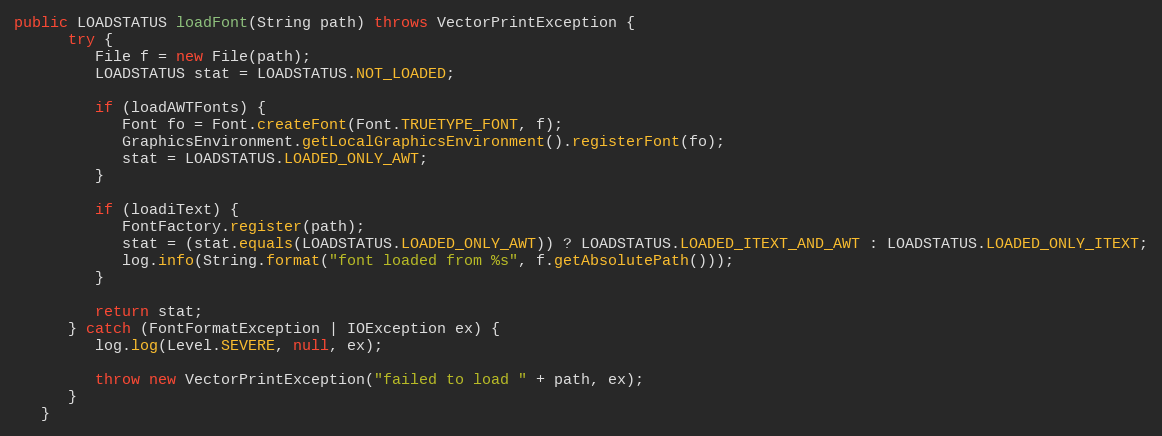
Language: Java
public LOADSTATUS loadFont(String path) throws VectorPrintException {
      try {
         File f = new File(path);
         LOADSTATUS stat = LOADSTATUS.NOT_LOADED;

         if (loadAWTFonts) {
            Font fo = Font.createFont(Font.TRUETYPE_FONT, f);
            GraphicsEnvironment.getLocalGraphicsEnvironment().registerFont(fo);
            stat = LOADSTATUS.LOADED_ONLY_AWT;
         }

         if (loadiText) {
            FontFactory.register(path);
            stat = (stat.equals(LOADSTATUS.LOADED_ONLY_AWT)) ? LOADSTATUS.LOADED_ITEXT_AND_AWT : LOADSTATUS.LOADED_ONLY_ITEXT;
            log.info(String.format("font loaded from %s", f.getAbsolutePath()));
         }

         return stat;
      } catch (FontFormatException | IOException ex) {
         log.log(Level.SEVERE, null, ex);

         throw new VectorPrintException("failed to load " + path, ex);
      }
   }